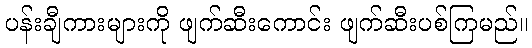
ပန်းချီကားများကို ဖျက်ဆီးကောင်း ဖျက်ဆီးပစ်ကြမည်။